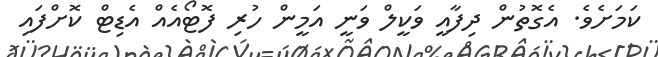
ކަމަށެވެ. އެގޮތުން ދިފާއީ ވަކީލް ވަނީ އަމީން ހުރި ފޮޓޯއެއް އެޑިޓް ކޮށްފައި